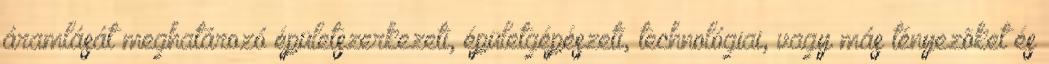
áramlását meghatározó épületszerkezeti, épületgépészeti, technológiai, vagy más tényezõket és